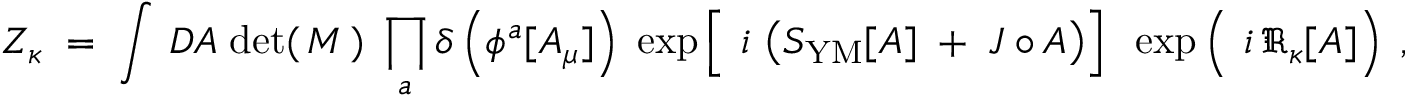
Z _ { \kappa } \; = \; \int \, { \cal D } { \cal A } \; \mathrm { d e t } ( \, M \, ) \; \prod _ { a } \delta \left( \phi ^ { a } [ { \cal A } _ { \mu } ] \right) \; \exp \left[ \frac { } { } \, i \, \left( S _ { \mathrm { Y M } } [ { \cal A } ] \; + \; { \cal J } \circ { \cal A } \right) \right] \; \; \exp \left( \frac { } { } \, i \, \Re _ { \kappa } [ { \cal A } ] \right) \; ,